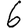
Digit: 6